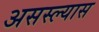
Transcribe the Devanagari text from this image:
असस्ल्यास